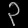
Digit: ၃